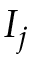
I _ { j }